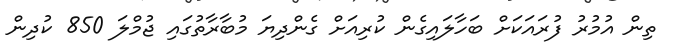
ތިން އުމުރު ފުރައަކަށް ބަހާލައިގެން ކުރިއަށް ގެންދިޔަ މުބާރާތުގައި ޖުމްލަ 850 ކުދިން